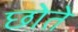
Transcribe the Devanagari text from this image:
छोते